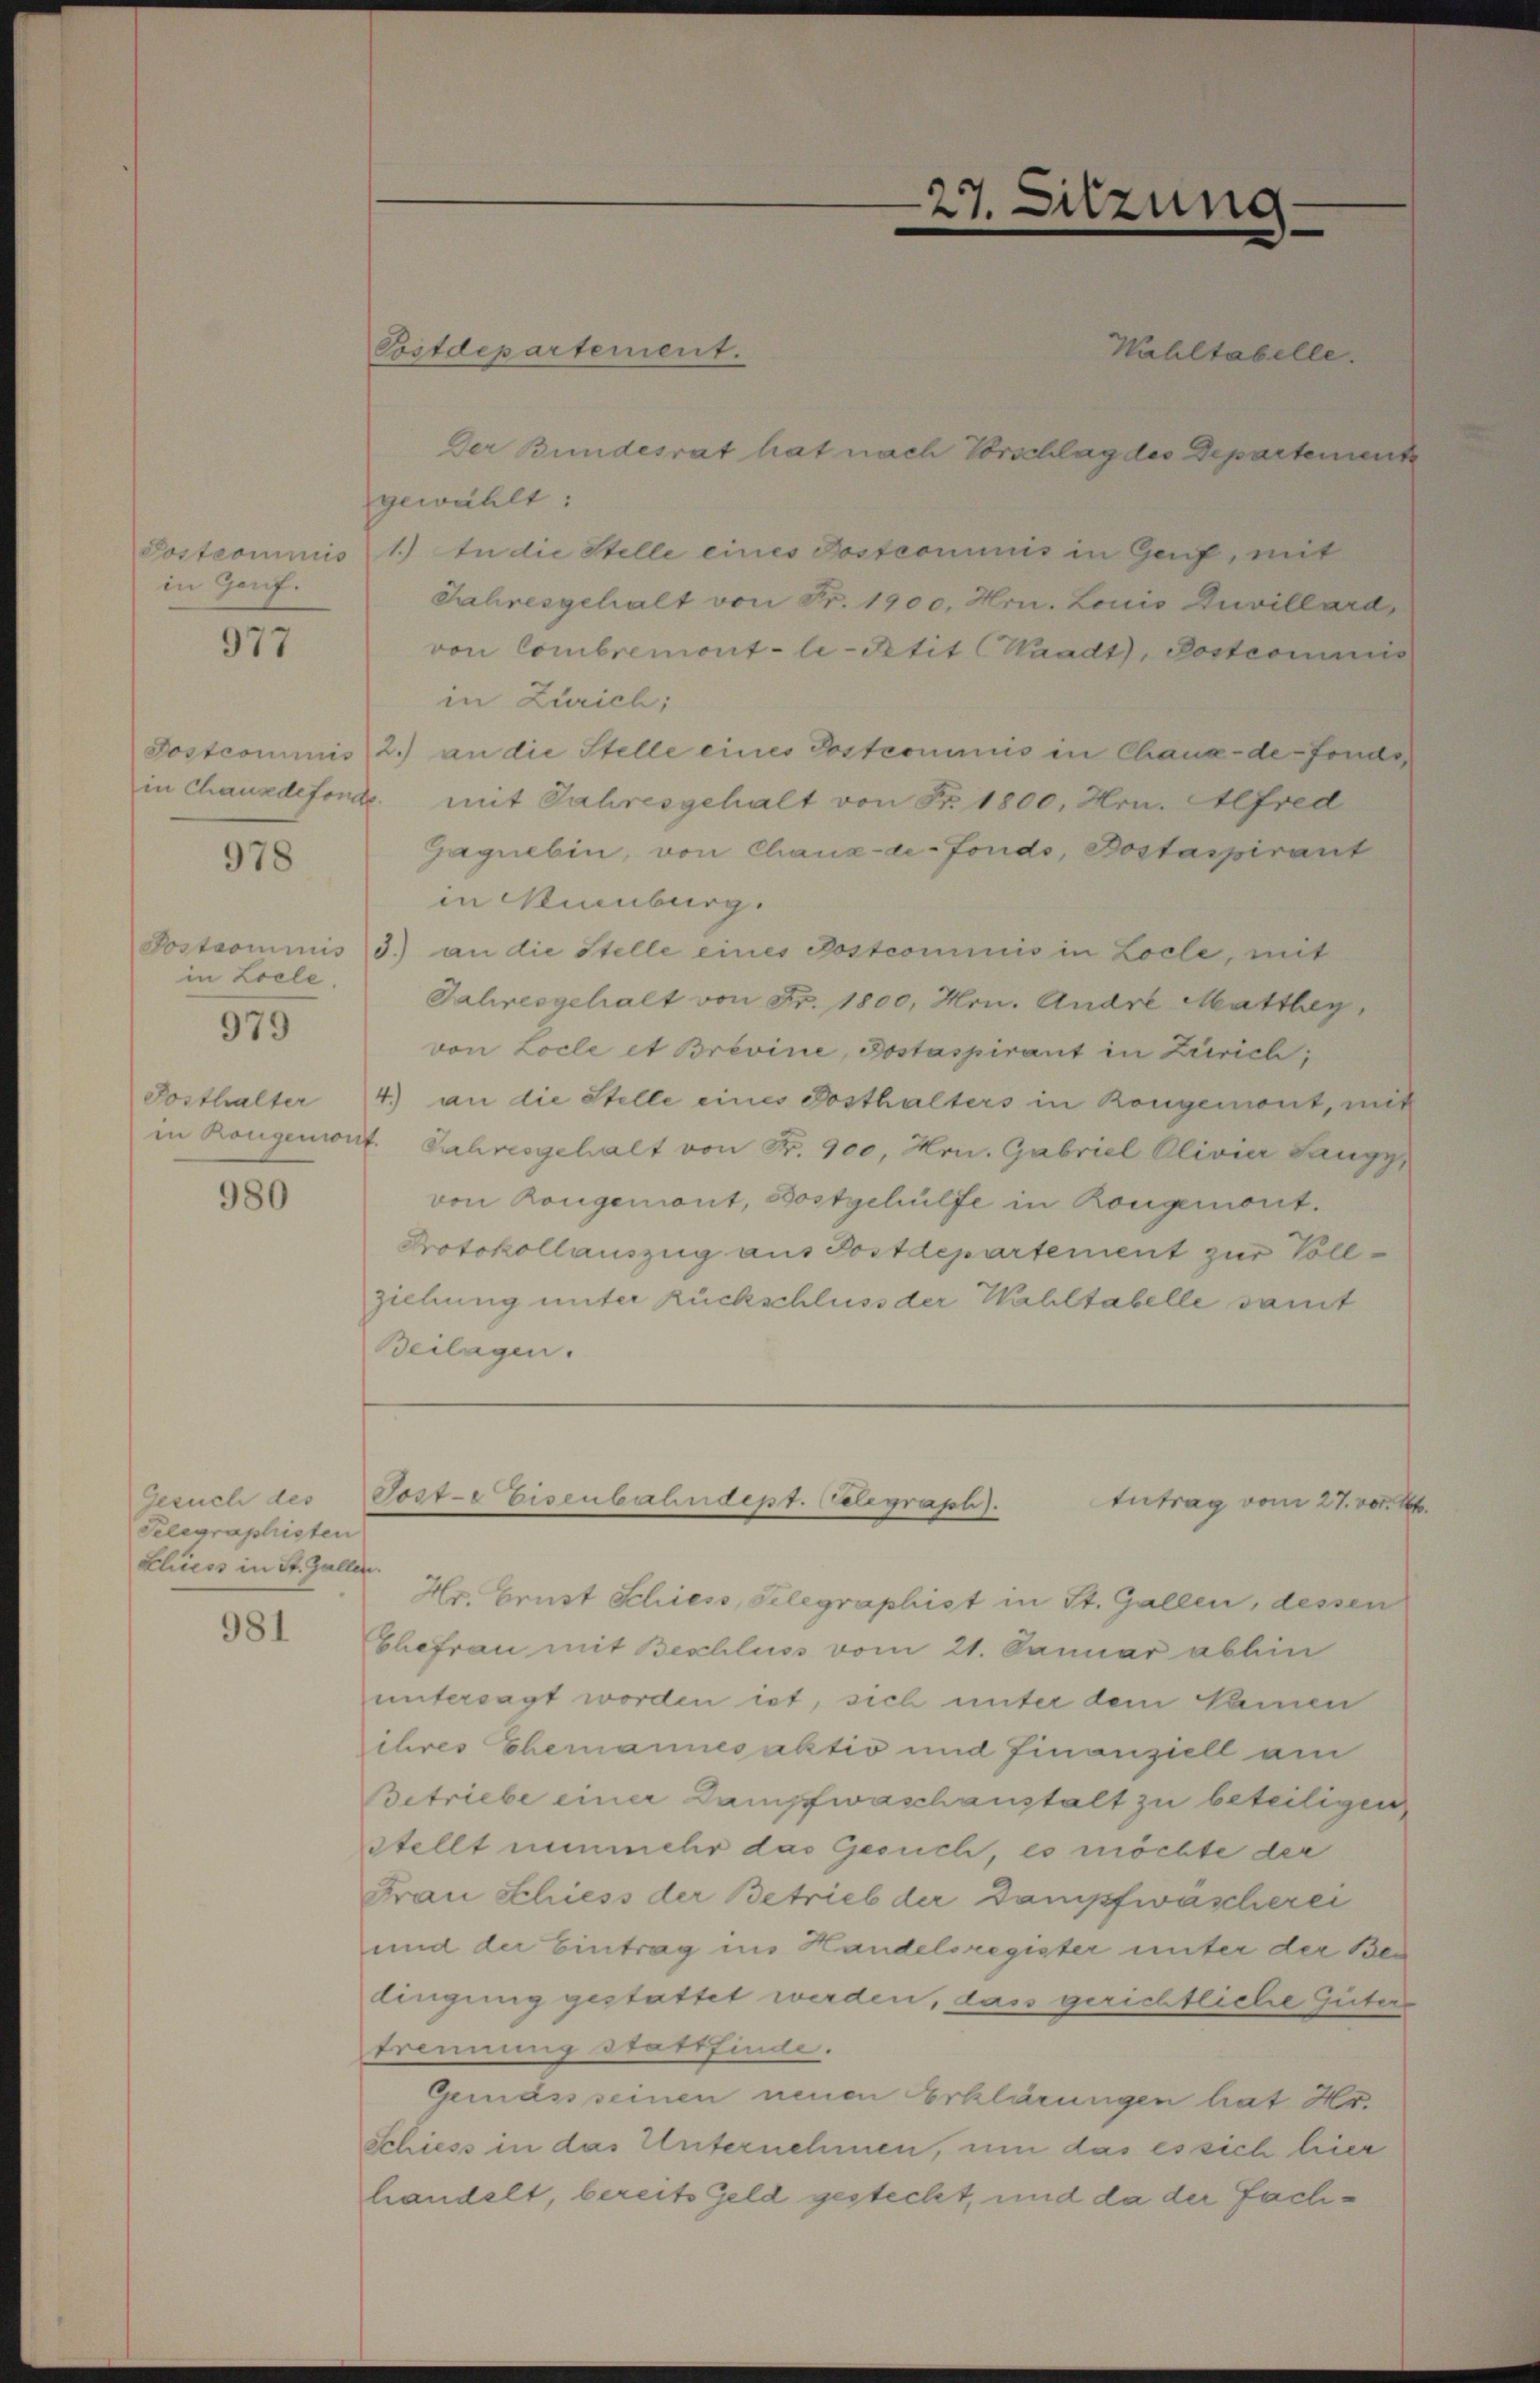
Postrominis
in Genf.

977

978

in Loele.

979

Fosthalter

980

Gesuch des
Telegraphisten
Eliess in St. Galle

981

Bstdepartement.
Wahltabelle.
Der Bundesrat hat nach Vorschlag des Departement
gewählt:
1.) In die Stelle eines Postcommis in Genf, mit
Jahresgehalt von Fr. 1900. Hrn. Louis Duvillard,
von Combremont-le-Petit (Waadt, Postcommis
in Zürich;
Postcommis 2.) an die Stelle eines Postcommis in Chaux-de-Fondo
in Chauxdeforde mit Jahresgehalt von Fr. 1800, Hrn. Alfred
Gaguebin, von Chaux-de-Fondo, Bostaspirant
in Mienburg.
Postcommis d.) an die Stelle eines Postcommis in Locle, mit
Jahresgehalt von Fr. 1800, Mon. Andre Matthey,
von Locle et Brevine, Jostaspirant in Zürich;
4.) an die Stelle eines Posthalters in kongemut, mit
in Rangenwief. Jahresgehalt von Fr. 900, Hrn. Gabriel Olivier Sangy
von Rongenint, Bostgehülfe in Rongemont.
Protokollauszug aus Postdepartement zur Vollziehung unter Rückschluss der Wahltabelle samt
Beilagen.

Post- Eisenbahndept. Celegraph). Antrag vom 27. vor. Mt

27. Sitzung

ete.
Hr. Brust Schiess, Gelegraphist in St. Gallen, dessen
Ehefrau mit Beschluss vom 21. Januar abhin
untersagt worden ist, sich unter dem Namen
ihres Ehemannes aktio und Finanziell am
Betriebe einer Dampfwaschanstalt zu beteiligen
Stellt nunmehr das Gesuch, es möchte die
Frau Schiess der Betrieb der Dampfwäscherei
und der Eintrag ins Handelsregister unter der Bei
dingung gestattet werden, dass gerichtliche Güter
trennung stattfinde.
Gemäss seinen neuen Erklärungen hat Hr.
schiess in das Unternehmen, um das es sich hier
handelt, bereits Geld gesteckt, und da der Fach¬